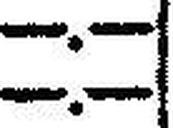
—.—